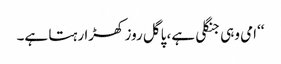
‘‘امی وہی جنگلی ہے، پاگل روز کھڑا رہتا ہے۔